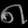
Digit: ၈